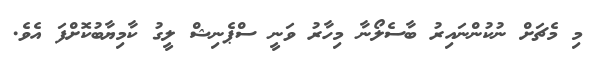
މި މެޗަށް ނުކުންނައިރު ބާސެލޯނާ މިހާރު ވަނީ ސްޕެނިޝް ލީގު ކާމިޔާބުކޮށްފަ އެވެ.